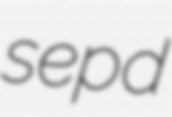
sepd